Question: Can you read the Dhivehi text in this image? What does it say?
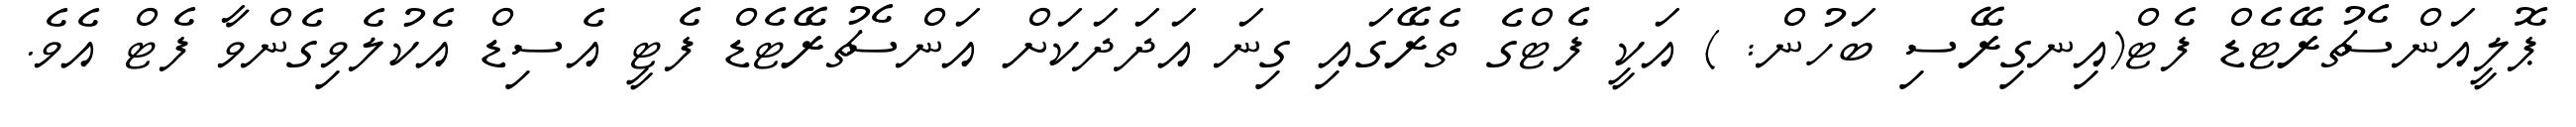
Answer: ޕޮލީއަންސެޗުރޭޓެޑް ފެޓް(އިނގިރޭސި ބަހުން: ) އަކީ ފެޓްގެ ތެރޭގައި ގިނަ އަދަދަކަށް އަންސެޗުރޭޓެޑް ފެޓީ އެސިޑް އެކުލެވިގެންވާ ފެޓް އެވެ.